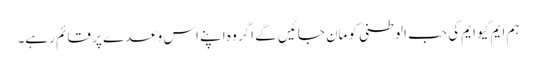
ہم ایم کیو ایم کی حب الوطنی کو مان جائیں گے اگر وہ اپنے اس وعدے پر قائم رہے۔